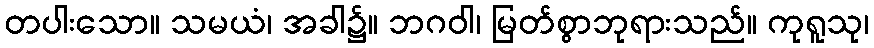
တပါးသော။ သမယံ၊ အခါ၌။ ဘဂဝါ၊ မြတ်စွာဘုရားသည်။ ကုရူသု၊